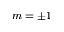
m = \pm 1